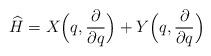
LaTeX: \begin{align*}\widehat{H} = X \Bigl(q,\frac{\partial}{\partial q}\Bigr) + Y \Bigl(q,\frac{\partial}{\partial q}\Bigr) \end{align*}